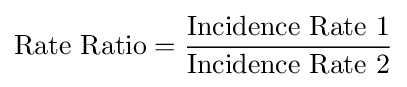
{\text{Rate Ratio}}={\frac {\text{Incidence Rate 1}}{\text{Incidence Rate 2}}}